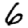
Digit: 6